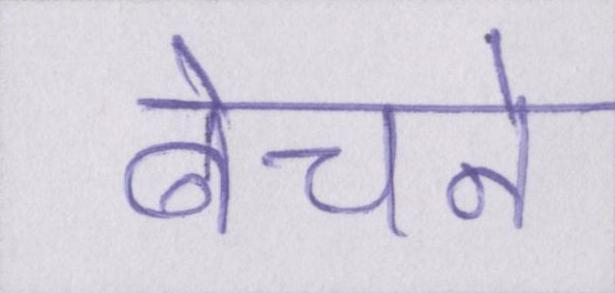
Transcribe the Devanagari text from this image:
बेचने